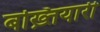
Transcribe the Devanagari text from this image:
बख़्तियारी